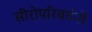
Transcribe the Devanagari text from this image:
सीरोपरिवर्तनों